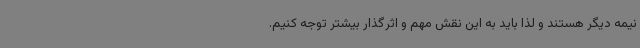
نیمه دیگر هستند و لذا باید به این نقش مهم و اثرگذار بیشتر توجه کنیم.